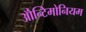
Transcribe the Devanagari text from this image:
ॲोन्टिमोनियम